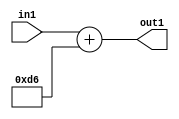
`timescale 1ps / 1ps
/*****************************************************************************
    Verilog RTL Description
    
    
    Created by: Stratus DpOpt 2019.1.01 
*******************************************************************************/

module DC_Filter_Add_12U_37_4 (
	in1,
	out1
	); /* architecture "behavioural" */ 
input [11:0] in1;
output [11:0] out1;
wire [11:0] asc001;

assign asc001 = 
	+(in1)
	+(12'B000011010110);

assign out1 = asc001;
endmodule

/* CADENCE  urn0TAs= : u9/ySgnWtBlWxVPRXgAZ4Og= ** DO NOT EDIT THIS LINE ******/